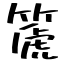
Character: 篪